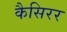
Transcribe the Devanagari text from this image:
कैसिरर